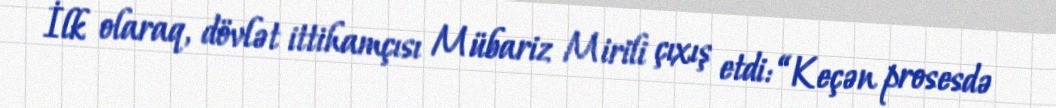
İlk olaraq, dövlət ittihamçısı Mübariz Mirili çıxış etdi: “Keçən prosesdə